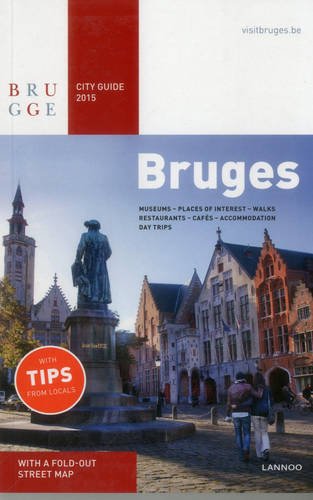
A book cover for Bruges City Guide 2015; Sophie Allegaert; Travel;